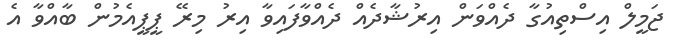
ޖަމީލް އިސްތިއުގާ ދެއްވަން އިރުޝާދެއް ދެއްވާފައިވާ އިރު މިރޭ ޕީޕީއެމުން ބާއްވާ އެ